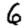
Digit: 6